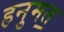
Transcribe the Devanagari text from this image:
हनुमत॒